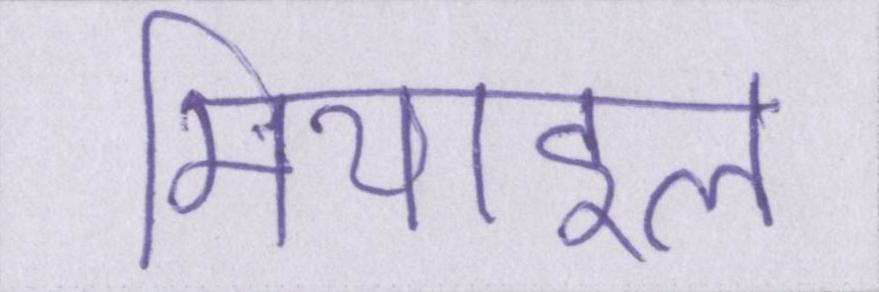
मिथाइल